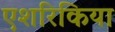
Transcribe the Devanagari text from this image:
एशरिकिया